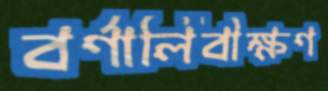
বর্ণালিবীক্ষণ